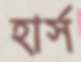
হার্স